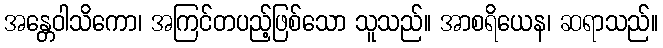
အန္တေဝါသိကော၊ အကြင်တပည့်ဖြစ်သော သူသည်။ အာစရိယေန၊ ဆရာသည်။